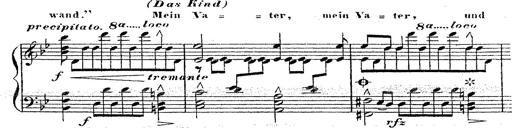
Title: 12 Lieder von Franz Schubert
Composer: Franz Liszt